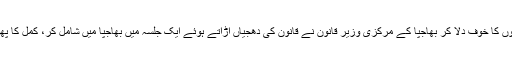
انھیں بھی سلاخوں کا خوف دلا کر بھاجپا کے مرکزی وزیر قانون نے قانون کی دھجیاں اڑاتے ہوئے ایک جلسہ میں بھاجپا میں شامل کر، کمل کا پھول پیش کیا گیا۔